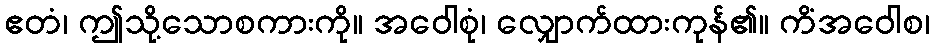
ဧတံ၊ ဤသို့သောစကားကို။ အဝေါစုံ၊ လျှောက်ထားကုန်၏။ ကိံအဝေါစ၊